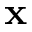
{ \bf x }